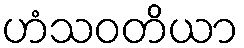
ဟံသဝတိယာ